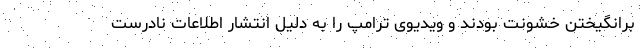
برانگیختن خشونت بودند و ویدیوی ترامپ را به دلیل انتشار اطلاعات نادرست